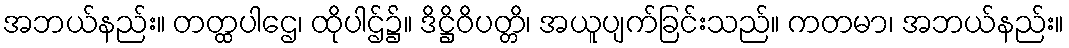
အဘယ်နည်း။ တတ္ထပါဌေ၊ ထိုပါဌ်၌။ ဒိဋ္ဌိဝိပတ္တိ၊ အယူပျက်ခြင်းသည်။ ကတမာ၊ အဘယ်နည်း။